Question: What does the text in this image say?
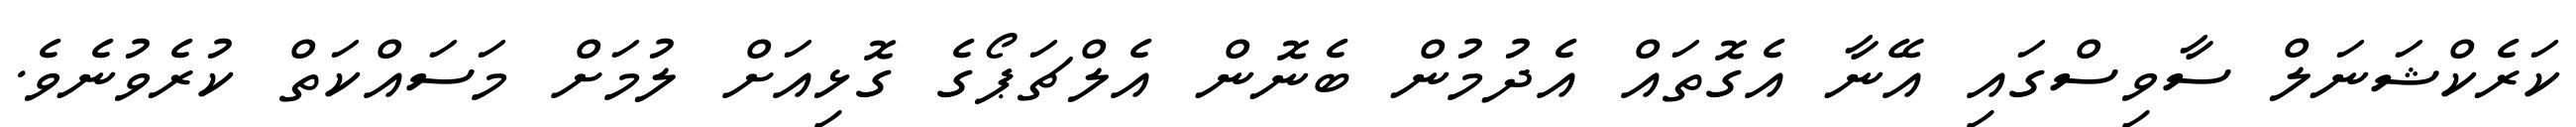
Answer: ކަރެކްޝަނަލް ސާވިސްގައި އޭނާ އެގޮތައް އެދުމުން ބެނޮން އެލްޗަޕޯގެ ގޮޅިއަށް ލުމަށް މަސައްކަތް ކުރެވުނެވެ.